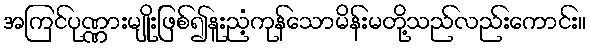
အကြင်ပုဏ္ဏားမျိုးဖြစ်၍နူးညံ့ကုန်သောမိန်းမတို့သည်လည်းကောင်း။